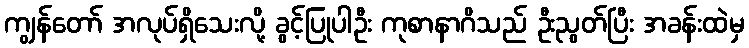
ကျွန်တော် အလုပ်ရှိသေးလို့ ခွင့်ပြုပါဦး ကုစာနာဂိသည် ဦးညွတ်ပြီး အခန်းထဲမှ